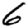
Digit: 6